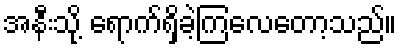
အနီးသို့ ရောက်ရှိခဲ့ကြလေတော့သည်။